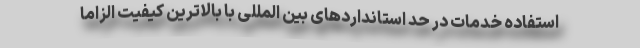
استفاده خدمات در حد استانداردهای بین المللی با بالاترین کیفیت الزاما